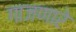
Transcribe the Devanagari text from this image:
गाजणारे